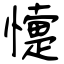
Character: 懥